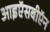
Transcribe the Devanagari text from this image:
आइऍसबीऍन